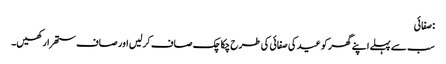
: صفائی
سب سے پہلے اپنے گھر کو عید کی صفائی کی طرح چکاچک صاف کرلیں اور صاف ستھرا رکھیں۔